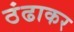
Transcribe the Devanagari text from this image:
ठंढाकर